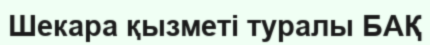
Шекара қызметі туралы БАҚ